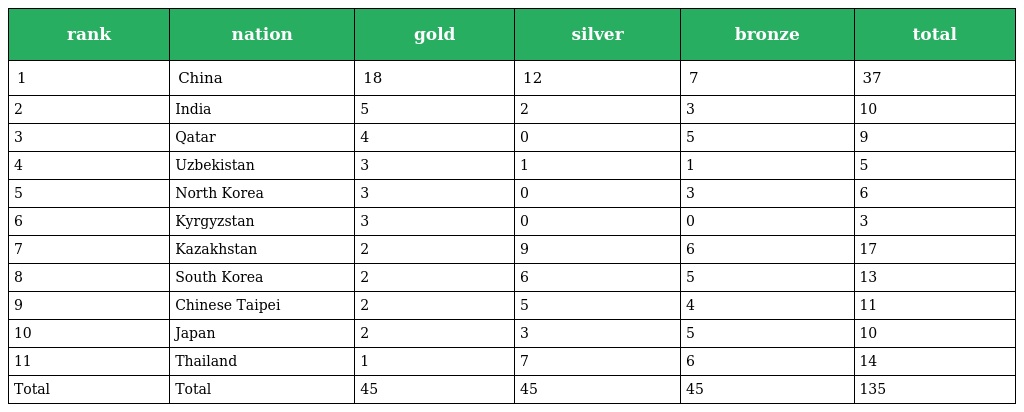
| rank | nation | gold | silver | bronze | total |
 | --- | --- | --- | --- | --- | --- |
 | 1 | China | 18 | 12 | 7 | 37 |
 | 2 | India | 5 | 2 | 3 | 10 |
 | 3 | Qatar | 4 | 0 | 5 | 9 |
 | 4 | Uzbekistan | 3 | 1 | 1 | 5 |
 | 5 | North Korea | 3 | 0 | 3 | 6 |
 | 6 | Kyrgyzstan | 3 | 0 | 0 | 3 |
 | 7 | Kazakhstan | 2 | 9 | 6 | 17 |
 | 8 | South Korea | 2 | 6 | 5 | 13 |
 | 9 | Chinese Taipei | 2 | 5 | 4 | 11 |
 | 10 | Japan | 2 | 3 | 5 | 10 |
 | 11 | Thailand | 1 | 7 | 6 | 14 |
 | Total | Total | 45 | 45 | 45 | 135 |